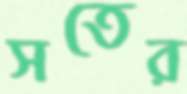
সতের